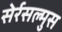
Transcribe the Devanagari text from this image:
सेर्रसल्मुस